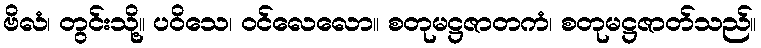
ဗိလံ၊ တွင်းသို့။ ပဝိသေ၊ ဝင်လေလော။ စတုမဋ္ဌဇာတကံ၊ စတုမဋ္ဌဇာတ်သည်။